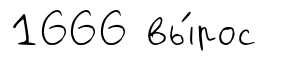
1666 вы́рос